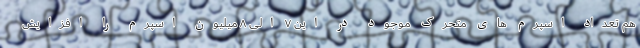
هم تعداد اسپرم های متحرک موجود در این ۷ الی ۸ میلیون اسپرم را افزایش